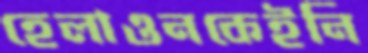
হেলাওনকেইনি